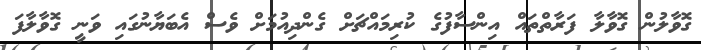
ގޮވާލުން ގޮވާލާ ފަރާތްތައް އިންސާފުގެ ކުރިމައްޗަށް ގެންދިއުމަށް ވެސް އެބަޔާނުގައި ވަނީ ގޮވާލާފަ